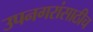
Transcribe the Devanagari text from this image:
उपनगरांसाठीच